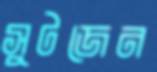
সুটজেন